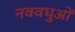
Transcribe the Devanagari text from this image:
नववधुओं